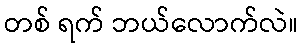
တစ် ရက် ဘယ်လောက်လဲ။